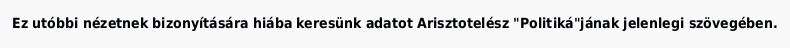
Ez utóbbi nézetnek bizonyítására hiába keresünk adatot Arisztotelész "Politiká"jának jelenlegi szövegében.